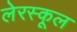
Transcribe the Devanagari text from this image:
लेरस्कूल